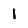
Character: I